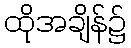
ထိုအချိန်၌